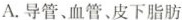
A.导管、血管、皮下脂肪